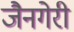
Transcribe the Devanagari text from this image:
जैनगेरी